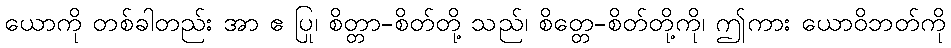
ယောကို တစ်ခါတည်း အာ ဧ ပြု၊ စိတ္တာ-စိတ်တို့ သည်၊ စိတ္တေ-စိတ်တို့ကို၊ ဤကား ယောဝိဘတ်ကို